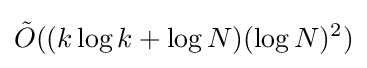
{\tilde {O}}((k\log k+\log N)(\log N)^{2})